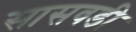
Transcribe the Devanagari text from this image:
सासवडी